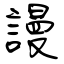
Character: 謾